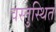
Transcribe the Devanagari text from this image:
वस्तुस्थित